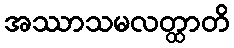
အဿာသမလတ္ထာတိ